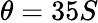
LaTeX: \theta=35S